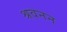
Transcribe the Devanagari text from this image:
श्रवनन